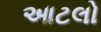
આટલો